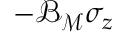
- { \mathcal { B } } _ { { \mathcal { M } } } \sigma _ { z }